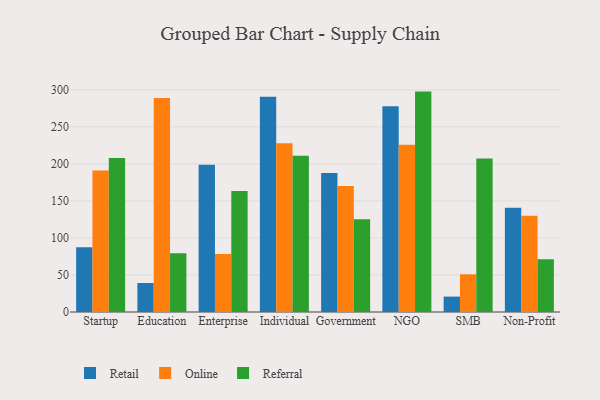
{"axis": {"x": "Segment", "y": "Budget (USD K)"}, "legend": ["Online", "Referral", "Retail"], "data": [{"x": "Startup", "y": 87.5, "type": "Retail"}, {"x": "Startup", "y": 191.1, "type": "Online"}, {"x": "Startup", "y": 208.1, "type": "Referral"}, {"x": "Education", "y": 39.2, "type": "Retail"}, {"x": "Education", "y": 289.1, "type": "Online"}, {"x": "Education", "y": 79.3, "type": "Referral"}, {"x": "Enterprise", "y": 198.9, "type": "Retail"}, {"x": "Enterprise", "y": 78.2, "type": "Online"}, {"x": "Enterprise", "y": 163.4, "type": "Referral"}, {"x": "Individual", "y": 290.5, "type": "Retail"}, {"x": "Individual", "y": 227.7, "type": "Online"}, {"x": "Individual", "y": 211.0, "type": "Referral"}, {"x": "Government", "y": 187.7, "type": "Retail"}, {"x": "Government", "y": 170.0, "type": "Online"}, {"x": "Government", "y": 125.1, "type": "Referral"}, {"x": "NGO", "y": 277.7, "type": "Retail"}, {"x": "NGO", "y": 225.9, "type": "Online"}, {"x": "NGO", "y": 297.6, "type": "Referral"}, {"x": "SMB", "y": 20.8, "type": "Retail"}, {"x": "SMB", "y": 50.9, "type": "Online"}, {"x": "SMB", "y": 207.1, "type": "Referral"}, {"x": "Non-Profit", "y": 140.7, "type": "Retail"}, {"x": "Non-Profit", "y": 130.0, "type": "Online"}, {"x": "Non-Profit", "y": 71.3, "type": "Referral"}]}